Annual administration report of the Civil Veterinary Department of India - 1894-1895
Year: 1894
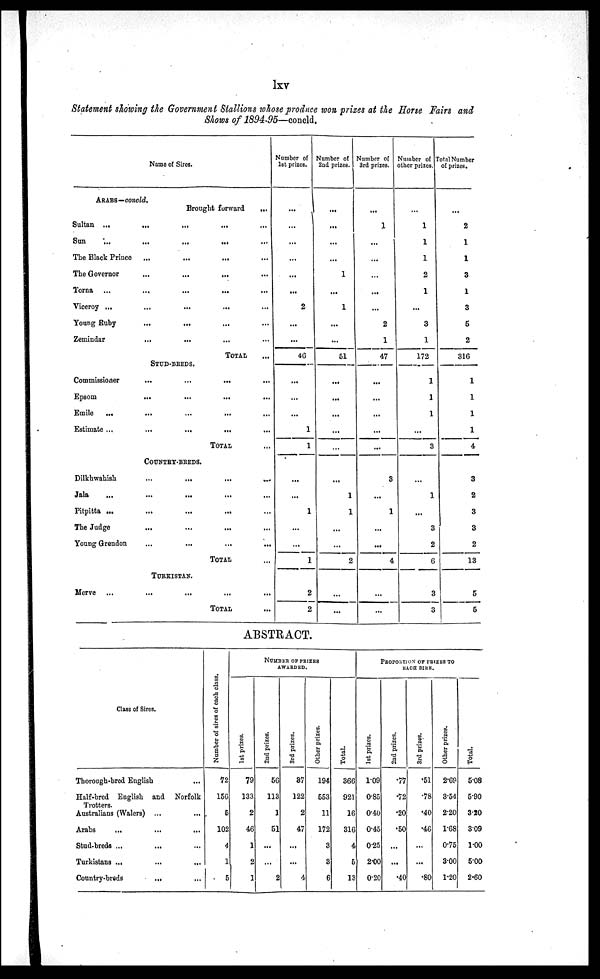
lxv
Statement showing the Government Stallions whose produce won prizes at the Horse Fairs and
Shows of 1894-95—concld.
Name of Sires.
ARABS—concld.
Brought forward
...
Sultan ...
...
...
...
...
Sun
...
...
...
...
...
The Black Prince
...
...
...
...
The Governor
...
...
...
...
Torna
...
...
...
...
...
Viceroy ...
...
...
...
...
Young Ruby
...
...
...
...
Zemindar
...
...
... ...
TOTAL..
STUD-BREDS.
Commissioner
...
...
...
...
Epsom
...
...
...
...
Emile
...
...
...
...
...
Estimate ...
...
...
...
...
TOTAL
...
COUNTRY-BREDS.
Dilkhwahish
...........
Jala
...............
Pitpitta
...............
The Judge............
Young Grendon............
TOTAL...
TURKISTAN.
Merve
...............
TOTAL...
Number of
1st prizes.
...
...
...
...
...
...
2
...
...
46
...
...
...
1
1
...
...
1
...
...
1
2
2
Number of
2nd prizes.
...
...
...
...
1
...
1
...
...
51
...
...
...
...
...
...
1
1
...
...
2
...
...
Number of
3rd prizes.
...
1
...
...
...
...
...
2
1
47
...
...
...
...
...
3
...
1
...
...
4
...
...
Number of
other prizes.
...
1
1
1
2
1
...
3
1
172
1
1
1
...
3
...
1
...
3
2
6
3
3
Total Number
of prizes.
...
2
1
1
3
1
3
5
2
316
1
1
1
1
4
3
2
3
3
2
13
5
5
ABSTRACT.
Class of Sires.
Thorough-bred English
...
Half-bred English and Norfolk
Trotters.
Australians (Walers) ... ...
Arabs ... ... ...
Stud-breds ... ... ...
Turkistans ... ... ...
Country-breds ... ...
Number of sires of each class.
72
156
5
102
4
1
5
NUMBER OF PRIZES
AWARDED.
1st
prizes.
79
133
2
46
1
2
1
2nd prizes.
56
113
1
51
...
...
2
3rd prizes.
37
122
2
47
...
...
4
Other prizes.
194
553
11
172
3
3
6
Total.
366
921
16
316
4
5
13
PROPORTION OF PRIZES TO
EACH SIRE.
1st prizes.
1.09
0.85
0.40
0.45
0.25
2.00
0.20
2nd prizes.
.77
.72
.20
.50
...
...
.40
3rd prizes.
.51
.78
.40
.46
...
...
.80
Other prizes.
2.69
3.54
2.20
1.68
0.75
3.00
1.20
Total.
5.08
5.90
3.20
3.09
1.00
5.00
2.60